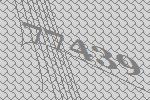
77439